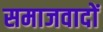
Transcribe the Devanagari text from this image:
समाजवादों